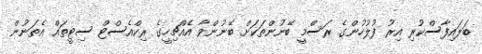
ބަލައިފާސްކުރި އިރު ފުލުހުންގެ ރަސްމީ ބޭނުންތަކަށް ބޭނުންވާ އެއްޗިހީގެ ރިކްއެސްޓް ސިޓީތައް އެތަނުން